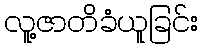
လူ့ဇာတိခံယူခြင်း